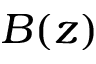
B ( z )